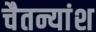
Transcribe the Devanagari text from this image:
चैतन्यांश